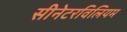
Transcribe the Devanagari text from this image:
सीनेटरविलियम